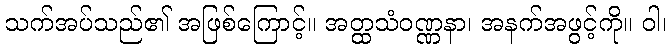
သက်အပ်သည်၏ အဖြစ်ကြောင့်။ အတ္ထသံဝဏ္ဏနာ၊ အနက်အဖွင့်ကို။ ဝါ၊